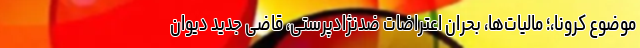
موضوع کرونا،؛ مالیات‌ها، بحران اعتراضات ضدنژادپرستی، قاضی جدید دیوان